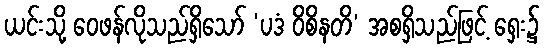
ယင်းသို့ ဝေဖန်လိုသည်ရှိသော် ‘ပဒံ ဝိစိနတိ’ အစရှိသည်ဖြင့် ရှေး၌